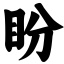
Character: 盼